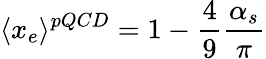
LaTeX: \langle x_{e}\rangle{}^{pQCD}=1-\frac{4}{9}\frac{\alpha_{s}}{\pi}